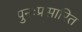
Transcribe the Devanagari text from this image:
पुनःप्रसारित